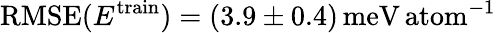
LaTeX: \mathrm{RMSE}(E^{\mathrm{train}})=(3.9\pm 0.4)\, \mathrm{meV\, atom}^{-1}